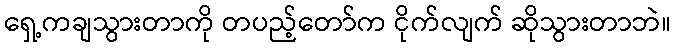
ရှေ့ကချသွားတာကို တပည့်တော်က ငိုက်လျက် ဆိုသွားတာဘဲ။